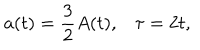
a ( t ) = \frac { 3 } { 2 } A ( t ) , \tau = 2 t ,